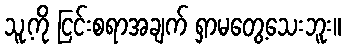
သူ့ကို ငြင်းစရာအချက် ရှာမတွေ့သေးဘူး။